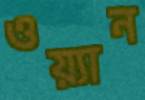
ওয়্যান